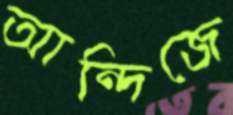
আন্দিজে